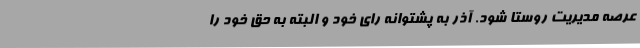
عرصه مدیریت روستا شود. آذر به پشتوانه رای خود و البته به حق خود را